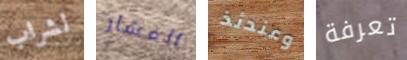
لشراب الفشار وعندئذ تعرفة